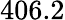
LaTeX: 406.2